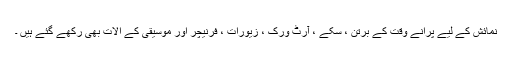
نمائش کے لیے پرانے وقت کے برتن ، سکے ، آرٹ ورک ، زیورات ، فرنیچر اور موسیقی کے الات بھی رکھے گئے ہیں ۔